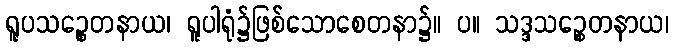
ရူပသဉ္စေတနာယ၊ ရူပါရုံ၌ဖြစ်သောစေတနာ၌။ ပ။ သဒ္ဒသဉ္စေတနာယ၊